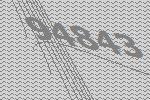
94843